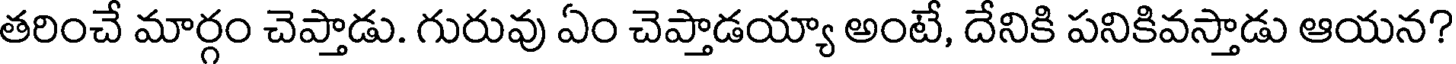
తరించే మార్గం చెప్తాడు. గురువు ఏం చెప్తాడయ్యా అంటే, దేనికి పనికివస్తాడు ఆయన?